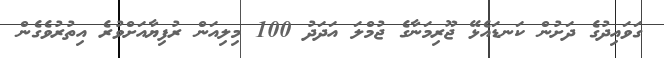
ގަވައިދުގެ ދަށުން ކަނޑައެޅޭ ޖޫރިމަނާގެ ޖުމްލަ އަދަދު 100 މިލިއަން ރުފިޔާއަށްވުރެ އިތުރުވެގެން